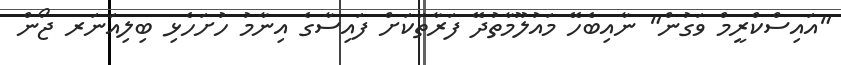
"އައިސްކްރީމް ވަގުން" ނާއިބެހޭ މައުލޫމާތުދޭ ފަރާތަކަށް ފައިސާގެ އިނާމު ހުށަހެޅި ބިލިއަނަރ ޖޯން